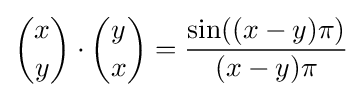
{x \choose y}\cdot {y \choose x}={\frac {\sin((x-y)\pi )}{(x-y)\pi }}